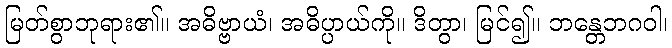
မြတ်စွာဘုရား၏။ အဓိဗ္ဗာယံ၊ အဓိပ္ပာယ်ကို။ ဒိတွာ၊ မြင်၍။ ဘန္တေဘဂဝါ၊